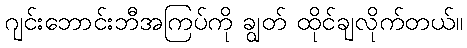
ဂျင်းဘောင်းဘီအကြပ်ကို ချွတ် ထိုင်ချလိုက်တယ်။